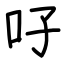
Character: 吇